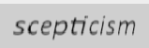
scepticism